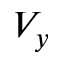
V _ { y }